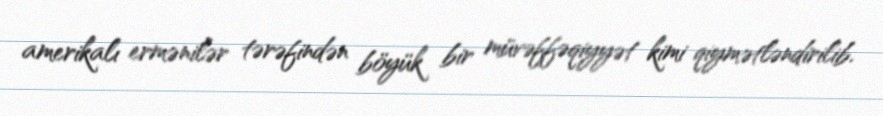
amerikalı ermənilər tərəfindən böyük bir müvəffəqiyyət kimi qiymətləndirilib.